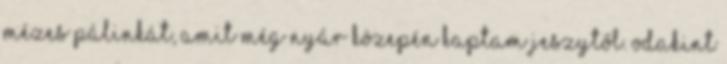
mézes pálinkát, amit még nyár közepén kaptam Jeszytől. Odakint